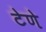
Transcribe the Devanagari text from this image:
टेणे